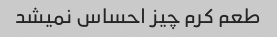
طعم کرم چیز احساس نمیشد